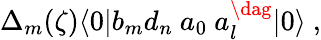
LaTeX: \Delta_{m}(\zeta)\langle 0|b_{m}d_{n}\ a_{0}\ a_{l}^{\dag}|0\rangle\ ,